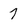
Character: 7